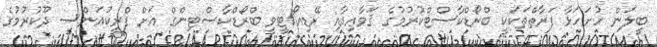
ބީލަން ހުށަހަޅާ ފަރާތްތަކަކީ ބްރޯޑްކާސްޓްކުރުމުގެ ޤަވާޢިދާއި ރޭޑިއޯ/ޓީވީ ބްރޯޑްކާސްޓިންގް އަށް ފްރީކުއަންސީ ދޫކުރުމުގެ